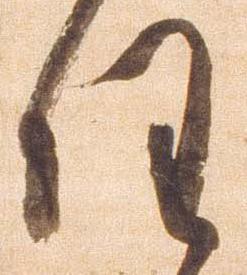
任